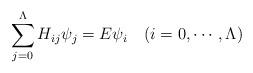
LaTeX: \begin{align*}\sum_{j=0}^{\Lambda}H_{ij}\psi_{j}=E\psi_{i} \quad(i=0,\cdots,\Lambda)\end{align*}